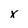
Character: x